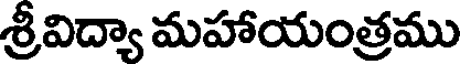
శ్రీవిద్యా మహాయంత్రము